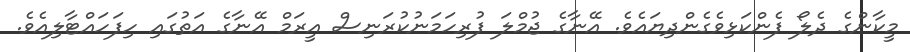
މީކާންގެ ދެލޯ ފެންކަޅިވެގެންދިޔައެވެ. އޭނާގެ ޖުމްލަ ފުރިހަމަނުކުރަނިސް އީރަމް އޭނާގެ އަތުގައި ހިފަހައްޓާލިއެވެ.